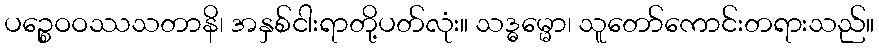
ပဉ္စေဝဝဿသတာနိ၊ အနှစ်ငါးရာတို့ပတ်လုံး။ သဒ္ဓမ္မော၊ သူတော်ကောင်းတရားသည်။